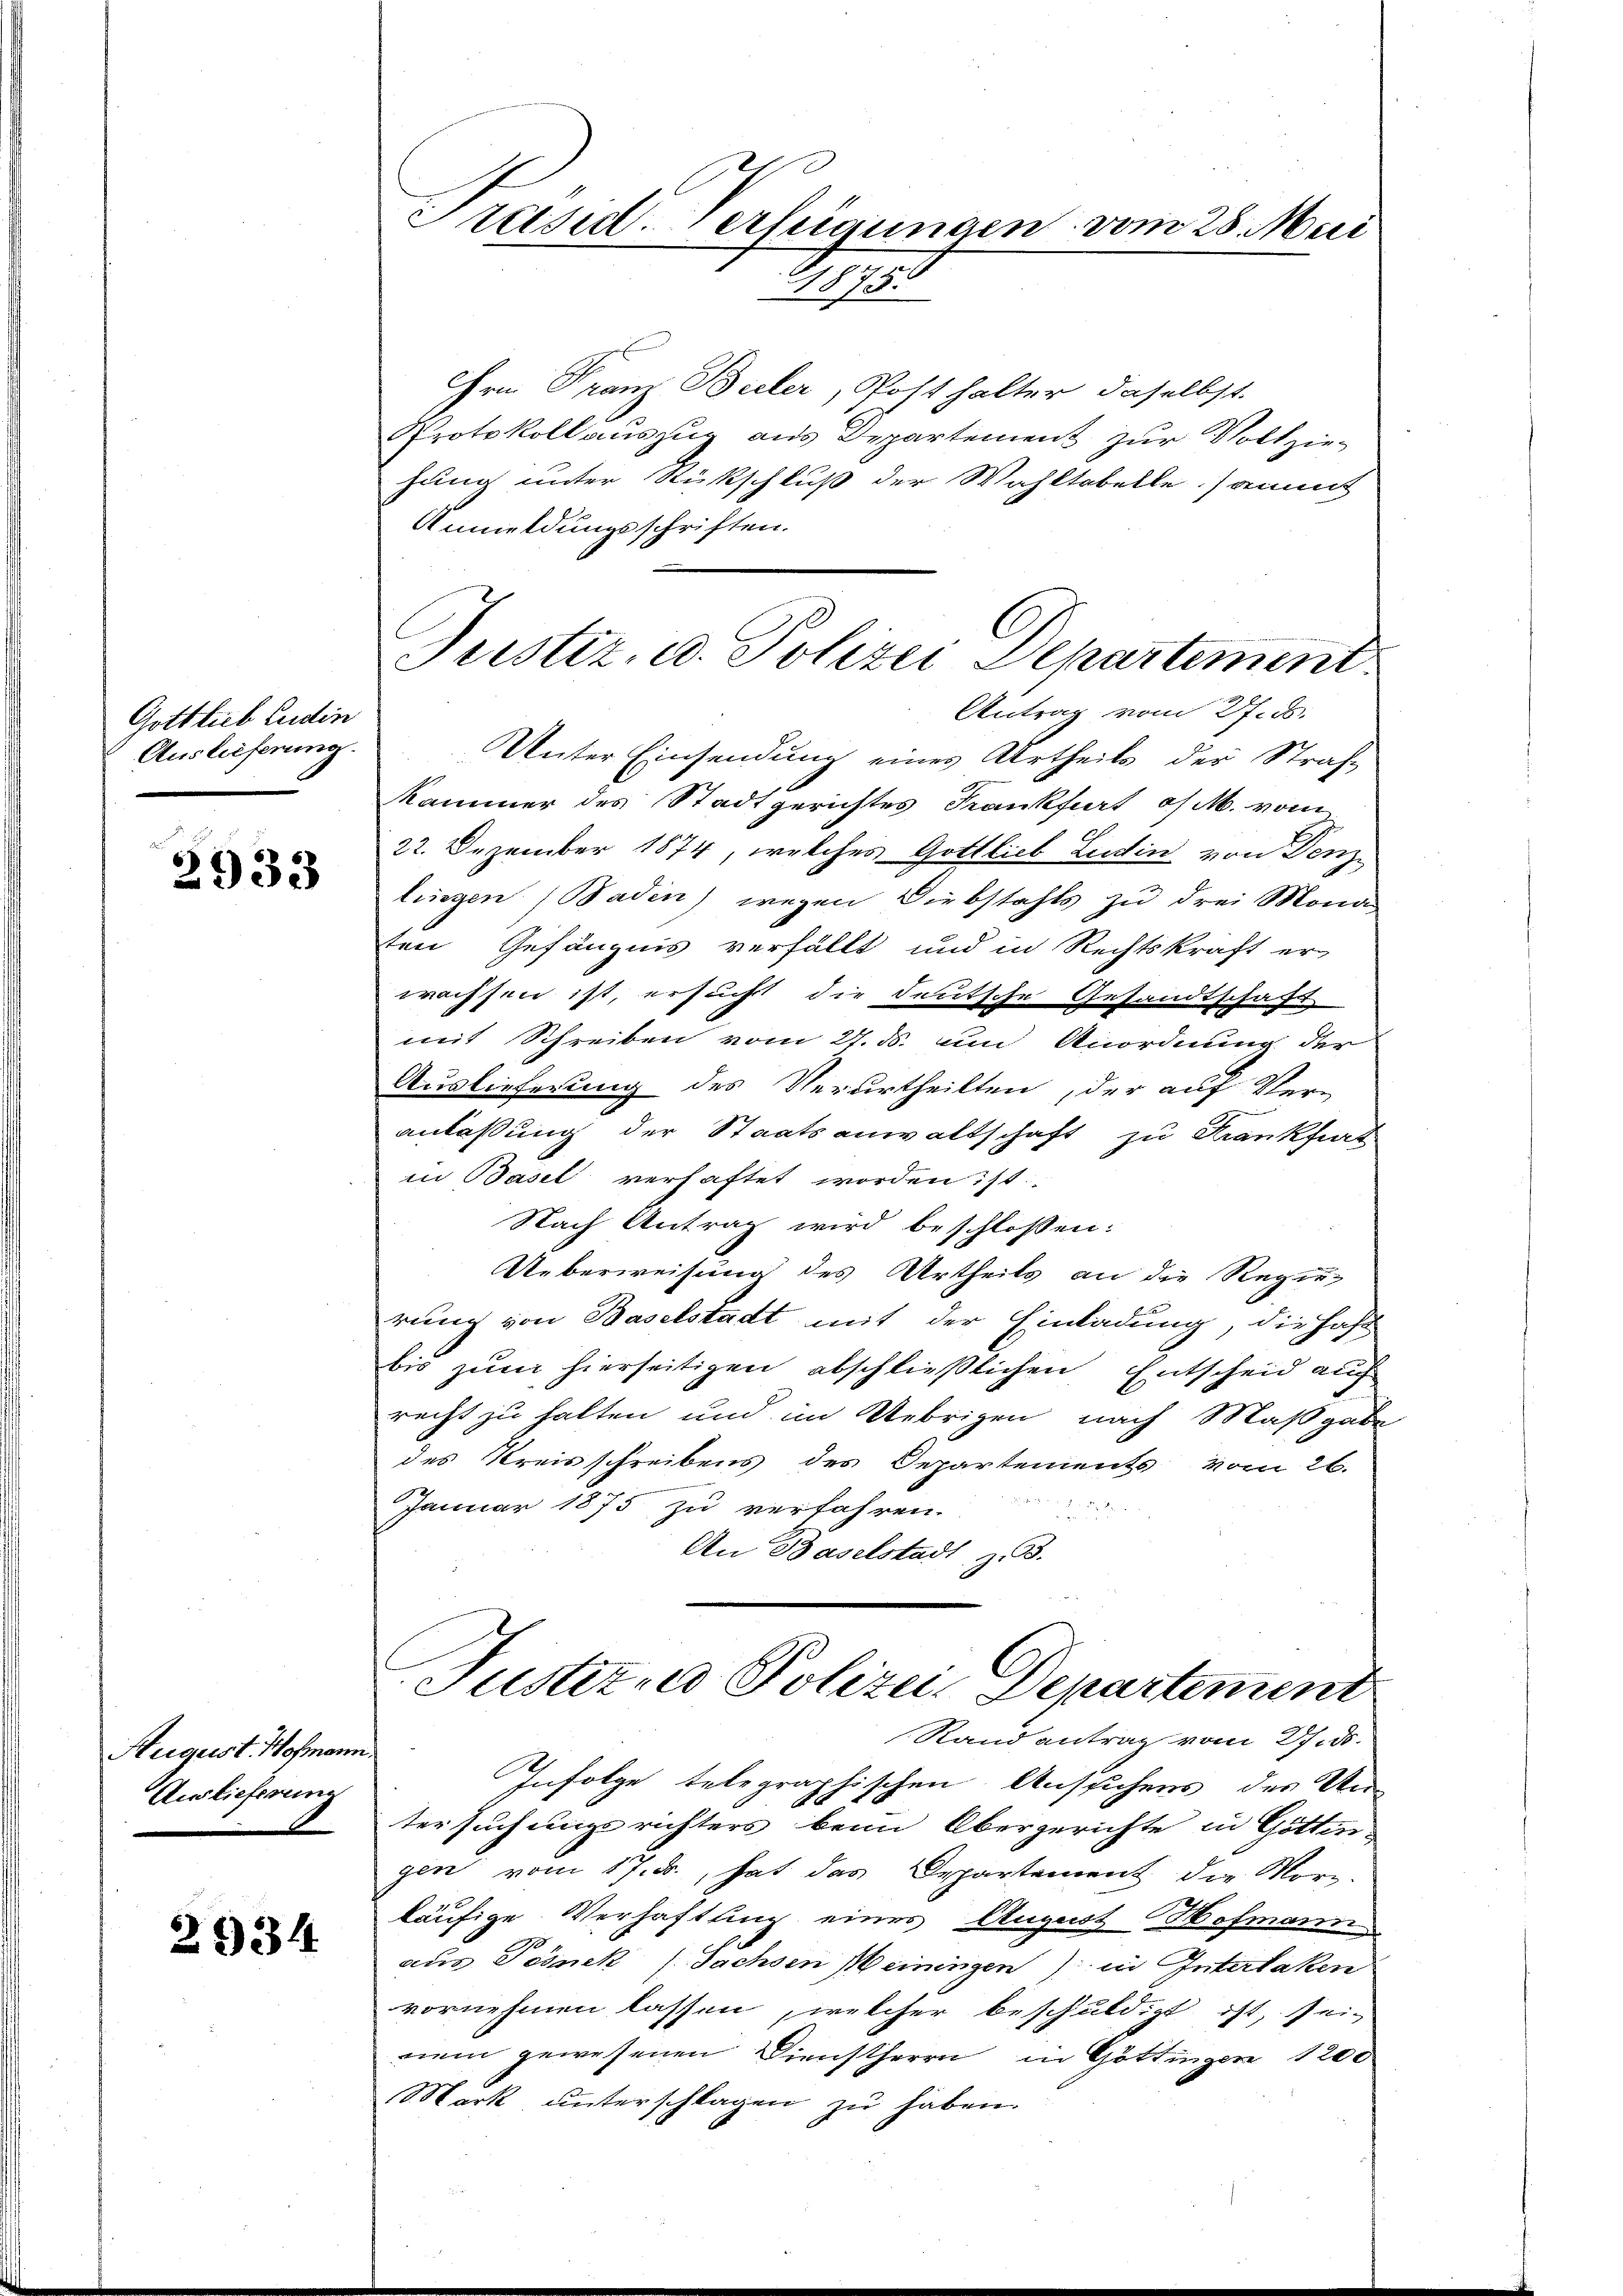
Gottlieb Ludin
Auslieferung.

2933

August. Hofmann
Auslieferung

2934

Preise vertigungen vom 28. Mai
618755

Hrn. Franz Buler, Post halter daselbst
Protokoll auszug aus Departement zur Vollziehung unter Rückschluß der Wahltabelle sammt
Anmeldungsschriften.
Unter Einsendung eines Urtheils der Straf-
Kammer des Stadtgerichtes Krankfurt of M. vom
22. Dezember 1874, welches Gottlieb Ludin von Denzlingen (Baden) wegen Diebstahls zu drei Mona
ten Gefängnis verfällt und in Rechtskraft er
wachsen ist, ersucht die deutsche Gesandtschaft
mit Schreiben vom 27. ds. um Anordnung der
Auslieferung des Verurtheilten, der auf Ver-
anlaßung der Staatsanwaltschaft zu Krankfurt
in Basel verhaftet worden ist.
Nach Antrag wird beschlossen:
Ueberweisung des Urtheils an die Regierung von Baselstadt mit der Einladung, die Haft
bis zum hierseitigen abschließlichen Entscheid auch
recht zu halten und im Uebrigen nach Maßgabe
des Kreisschreibens des Departements vom 26.
Januar 1875 zu verfahren.

An Baselstadt, z. B.
Justirne Polizei, Departement
Stand antrag vom 27. ds.
Infolge telegraphischen Ansuchens der Un-
tersuchungs richters beim Obergerichte in Göttin-
gen vom 17. ds., hat das Departement die Mor-
läufige Verhaftling eines August Hofmann
aus Posnek (Sachsen Meiningen) in Interlaken
vornehmen lassen, welcher beschuldigt ist, sein
nem gewesenen Dienstherrn in Göttingen 1200
Mark unterschlagen zŭ haben.

Justiz, u. Polizei Departement
Antrag vom 27. d.